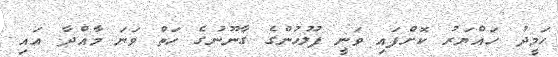
ހަމީދު ހައްޔަރު ކޮށްފައި ވަނީ ފުލުހުންގެ ގާނޫނުގެ ހަތް ވަނަ މާއްދާ އައި